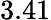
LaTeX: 3.41